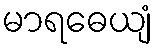
မာရဓေယျံ